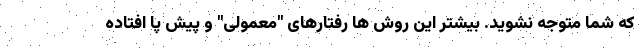
که شما متوجه نشوید. بیشتر این روش ها رفتارهای "معمولی" و پیش پا افتاده